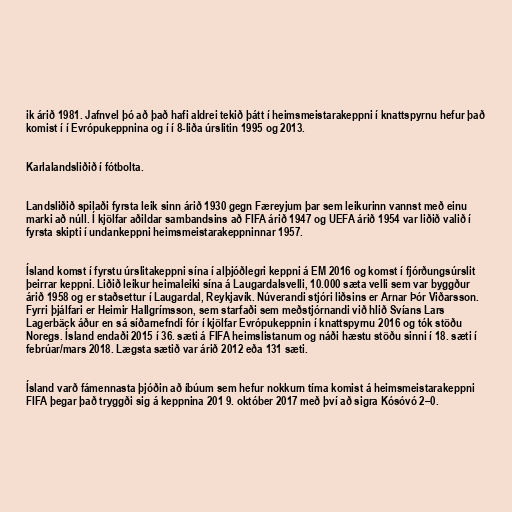
ik árið 1981. Jafnvel þó að það hafi aldrei tekið þátt í heimsmeistarakeppni í knattspyrnu hefur það
komist í í Evrópukeppnina og í í 8-liða úrslitin 1995 og 2013.

Karlalandsliðið í fótbolta.

Landsliðið spilaði fyrsta leik sinn árið 1930 gegn Færeyjum þar sem leikurinn vannst með einu
marki að núll. Í kjölfar aðildar sambandsins að FIFA árið 1947 og UEFA árið 1954 var liðið valið í
fyrsta skipti í undankeppni heimsmeistarakeppninnar 1957.

Ísland komst í fyrstu úrslitakeppni sína í alþjóðlegri keppni á EM 2016 og komst í fjórðungsúrslit
þeirrar keppni. Liðið leikur heimaleiki sína á Laugardalsvelli, 10.000 sæta velli sem var byggður
árið 1958 og er staðsettur í Laugardal, Reykjavík. Núverandi stjóri liðsins er Arnar Þór Viðarsson.
Fyrri þjálfari er Heimir Hallgrímsson, sem starfaði sem meðstjórnandi við hlið Svíans Lars
Lagerbäck áður en sá síðarnefndi fór í kjölfar Evrópukeppnin í knattspyrnu 2016 og tók stöðu
Noregs. Ísland endaði 2015 í 36. sæti á FIFA heimslistanum og náði hæstu stöðu sinni í 18. sæti í
febrúar/mars 2018. Lægsta sætið var árið 2012 eða 131 sæti.

Ísland varð fámennasta þjóðin að íbúum sem hefur nokkurn tíma komist á heimsmeistarakeppni
FIFA þegar það tryggði sig á keppnina 201 9. október 2017 með því að sigra Kósóvó 2–0.